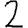
Digit: 2